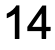
14